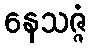
နေသဇ္ဇံ